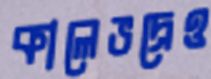
কালেভদ্রেও